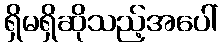
ရှိမရှိဆိုသည့်အပေါ်